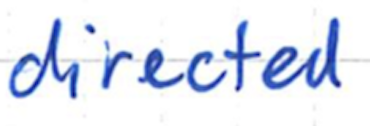
Text: directed
Cross-out: clean
Writing tool: ballpoint